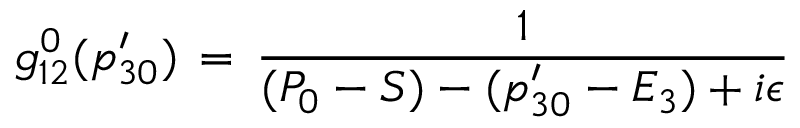
g _ { 1 2 } ^ { 0 } ( p _ { 3 0 } ^ { \prime } ) \, = \, { \frac { 1 } { ( P _ { 0 } - S ) - ( p _ { 3 0 } ^ { \prime } - E _ { 3 } ) + i \epsilon } }